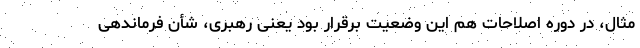
مثال، در دوره اصلاحات هم این وضعیت برقرار بود یعنی رهبری، شأن فرماندهی